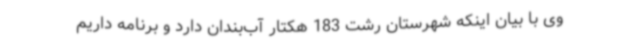
وی با بیان اینکه شهرستان رشت 183 هکتار آب‌بندان دارد و برنامه داریم